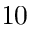
1 0